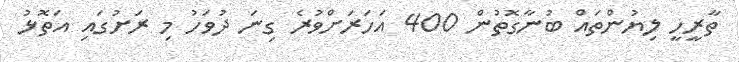
ތާރީހީ ލިޔުންތައް ބުނާގޮތުން 400 އަހަރަށްވުރެ ގިނަ ދުވަހު މި ރަށުގައި އަތޮޅު